Annual report of the Bengal Veterinary College and of the Civil Veterinary Department, Bengal, for the year 1915-16 - 1915-1916
Year: 1915
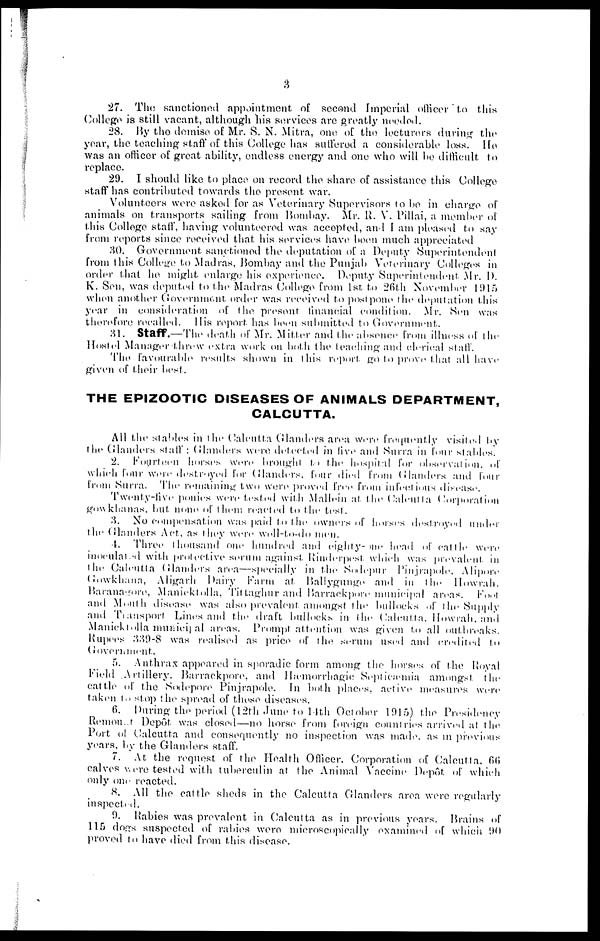
3
27. The sanctioned appointment of second Imperial officer to this
College is still vacant, although his services are greatly needed.
28. By the demise of Mr. S. N. Mitra, one of the lecturers during the
year, the teaching staff of this College has suffered a considerable loss. He
was an officer of great ability, endless energy and one who will be difficult to
replace.
29. I should like to place on record the share of assistance this College
staff has contributed towards the present war.
Volunteers were asked for as Veterinary Supervisors to bo in charge of
animals on transports sailing from Bombay. Mr. R. V. Pillai, a member of
this College staff, having volunteered was accepted, and I am pleased to say
from reports since received that his services have been much appreciated
30. Government sanctioned the deputation of a Deputy Superintendent
from this College to Madras, Bombay and the Punjab Veterinary Colleges in
order that he might enlarge his experience. Deputy Superintendent Mr. 1).
K. Sen, was deputed to the Madras College from 1st to 26th November 1915
when another Government order was received to postpone the deputation this
year in consideration of the present financial condition. Mr. Sen was
therefore recalled. His report has been submitted to Government-
--.
Staff.—The death of Mr. Mitter and the absence from illness of the
Hostel Manager threw extra work on both the teaching and clerical stall".
The favourable results shown in this report go to prove that all have
given of their best.
THE EPIZOOTIC DISEASES OF ANIMALS DEPARTMENT,
CALCUTTA.
All the stables in the Calcutta Glanders area were frequently visited by
the Glanders staff : Glanders were detected in live and Surra in four stables.
2. Fourteen horses were brought to the hospital for observation, of
which four were destroyed for Glanders, four died from Glanders and four
from Surra. The remaining two were proved free from infectious disease.
Twenty-live ponies were tested with Mallein at the Calcutta Corporation
gowkhanas, but none of them reacted to the test.
3. No compensation was paid to the owners of horses destroyed under
the Glanders Act, as they were well-to-do men.
4. Three thousand one hundred and eighty-one head of cattle were
inoculated with protective serum against Rinderpest which was prevalent in
the Calcutta Glanders area—specially in the Sodepur Pinjrapole, Alipore
Gowkhana, Aligarh Dairy Farm at Ballygunge and in the Howrah,
Baranagore, Manicktolla, Tittaghur and Barraokpore municipal areas. Foot
and Month disease was also prevalent, amongst the bullocks of the Supply
and Transport Lines and the draft bullocks in the Calcutta, Howrah, and
Manicktolla municipal areas. Prompt attention was given to all outbreaks.
Rupees 339-8 was realised as price of the serum used and credited to
Government.
5. Anthrax appeared in sporadic form among the horses of the Royal
Field Artillery, Barrackpore, and Hæmorrhagic Septicæmia amongst the
cattle of the Sodepore Pinjrapole. In both places, active measures were
taken to stop the spread of these diseases.
6. During the period (12th June to 14th October 1915) the Presidency
Remount Depôt was closed—no horse from foreign countries arrived at. the
Port of Calcutta and consequently no inspection was made as in previous
years, by the Glanders staff.
7. At the request of the Health Officer, Corporation of Calcutta, 66
calves were tested with tuberculin at the Animal Vaccine Depot of which
only one reacted.
8. All the cattle sheds in the Calcutta Glanders area were regularly
inspected.
9. Rabies was prevalent in Calcutta as in previous years. Brains of
115 dogs suspected of rabies were microscopically examined of which 90
proved to have died from this disease.